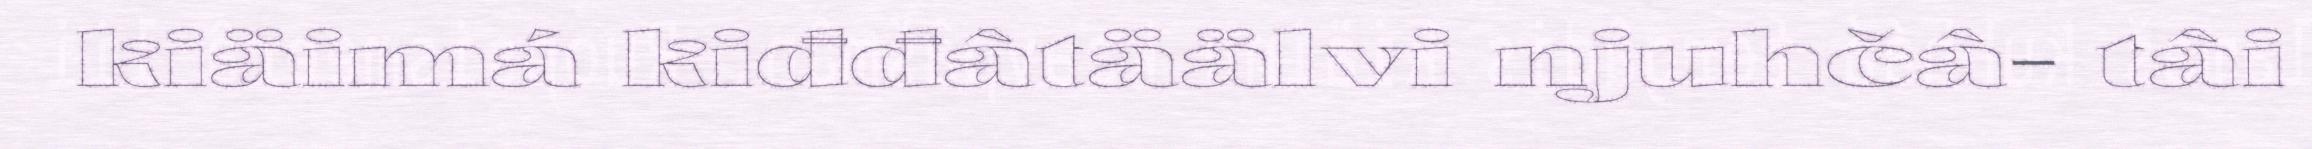
kiäimá kiđđâtäälvi njuhčâ- tâi